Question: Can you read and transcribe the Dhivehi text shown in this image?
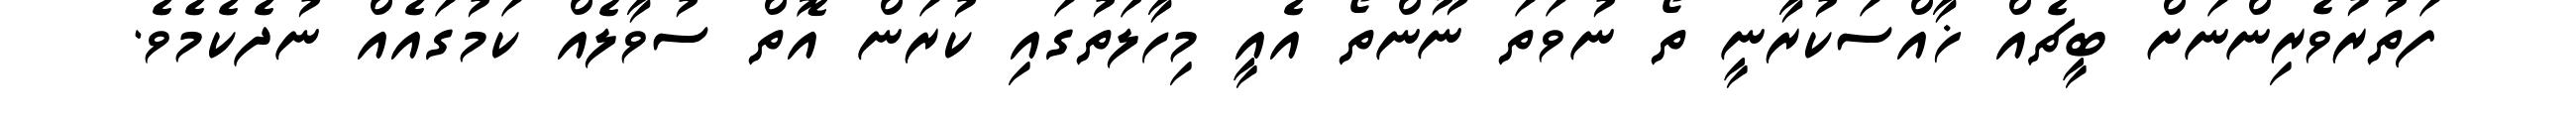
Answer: ފަތުރުވެރިންނަށް ބީޗެއް ޚާއްސަކުރާނީ ތޯ ނުވަތަ ނޫންތޯ އެއީ މިހާލަތުގައި ކުރަން އޮތް ސުވާލެއް ކަމުގައެއް ނުދެކެމެވެ.